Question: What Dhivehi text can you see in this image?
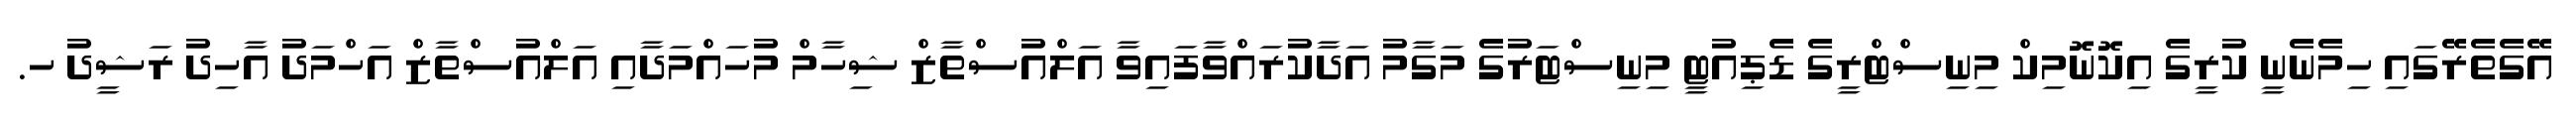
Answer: އޭގެތެރޭގައި ހިމެނެނީ ކުރީގެ އިކޮނޮމިކް މިނިސްޓްރީގެ ޑެޕިއުޓީ މިނިސްޓަރުގެ މަގާމު އަދާކުރައްވާފައިވާ އަލްއުސްތާޒް ޝިހާމް މުހައްމަދާއި އަލްއުސްތާޒް އަހްމަދު އާހިދު ރަޝީދު ހ.